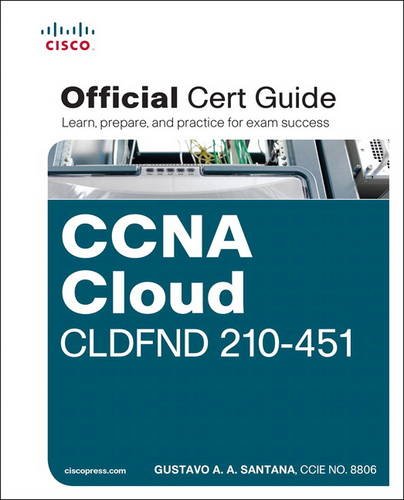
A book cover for CCNA Cloud CLDFND 210-451 Official Cert Guide; Gustavo A. A. Santana; Computers & Technology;